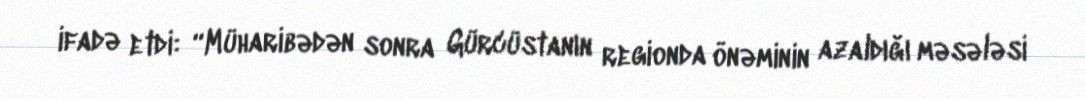
ifadə etdi: “Müharibədən sonra Gürcüstanın regionda önəminin azaldığı məsələsi